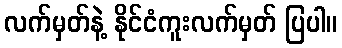
လက်မှတ်နဲ့ နိုင်ငံကူးလက်မှတ် ပြပါ။